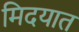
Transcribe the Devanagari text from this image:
मिदयात